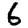
Digit: 6